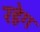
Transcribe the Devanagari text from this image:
रहेग